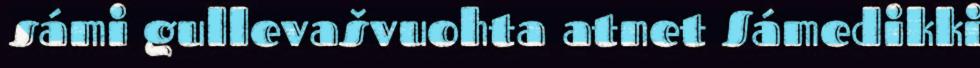
sámi gullevašvuohta atnet Sámedikki